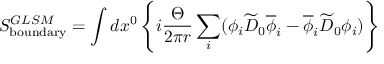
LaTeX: S _ { \mathrm { b o u n d a r y } } ^ { G L S M } = \int d x ^ { 0 } \left\{ i { \frac { \Theta } { 2 \pi r } } \sum _ { i } ( \phi _ { i } \widetilde { D } _ { 0 } \overline { { { \phi } } } _ { i } - \overline { { { \phi } } } _ { i } \widetilde { D } _ { 0 } \phi _ { i } ) \right\}